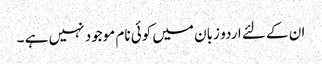
ان کے لئے اردو زبان میں کوئی نام موجود نہیں ہے ۔